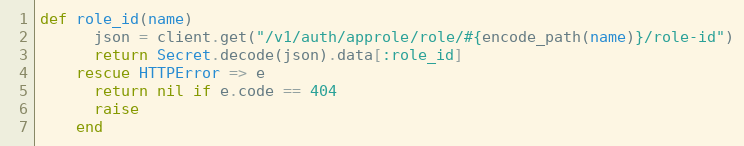
Language: Ruby
def role_id(name)
      json = client.get("/v1/auth/approle/role/#{encode_path(name)}/role-id")
      return Secret.decode(json).data[:role_id]
    rescue HTTPError => e
      return nil if e.code == 404
      raise
    end